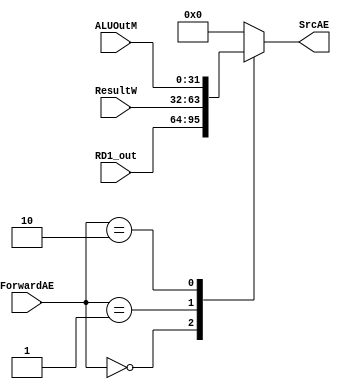
`timescale 1ns / 1ps
//////////////////////////////////////////////////////////////////////////////////
// Company: 
// Engineer: 
// 
// Design Name: 
// Module Name:    ForwardAE_MUX 
// Project Name: 
// Target Devices: 
// Tool versions: 
// Description: 
//
// Dependencies: 
//
// Revision: 
// Revision 0.01 - File Created
// Additional Comments: 
//
//////////////////////////////////////////////////////////////////////////////////
module ForwardAE_MUX(
   input [31:0]RD1_out,
	input [31:0]ALUOutM,
	input [31:0]ResultW,
   input [1:0]ForwardAE,
	output reg [31:0]SrcAE
);
always @ (*)
begin
  case(ForwardAE)
    2'd0:SrcAE = RD1_out;
	 2'd1:SrcAE = ResultW;
	 2'd2:SrcAE = ALUOutM;
	 default:SrcAE = 32'b0;
  endcase
end
  
endmodule